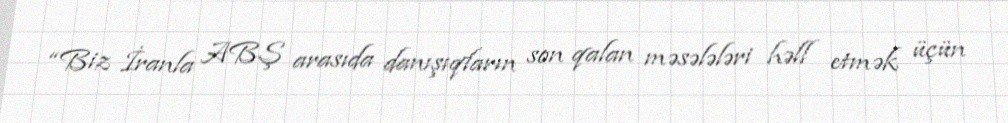
“Biz İranla ABŞ arasıda danışıqların son qalan məsələləri həll etmək üçün